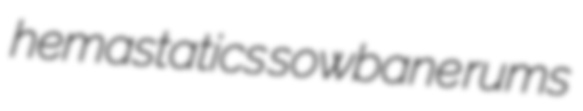
hemastatics sowbane rums